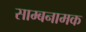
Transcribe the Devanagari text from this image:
साम्बनामक